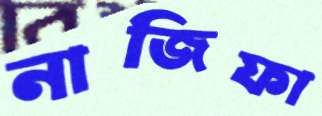
নাজিফা